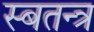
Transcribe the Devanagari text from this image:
स्बतन्त्र